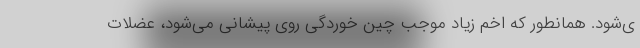
ی‌شود. همانطور که اخم زیاد موجب چین خوردگی روی پیشانی می‌شود، عضلات